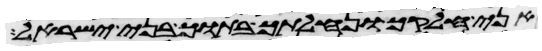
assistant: אני חלקך ונחלתך בתוך בני ישראל